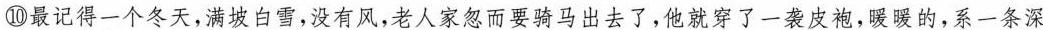
⑩最记得一个冬天,满坡白雪,没有风,老人家忽而要骑马出去了,他就穿了一袭皮袍,项暖的，系一条